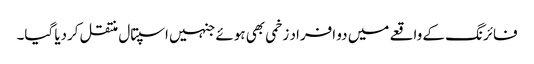
فائرنگ کے واقعے میں دو افراد زخمی بھی ہوئے جنہیں اسپتال منتقل کردیا گیا۔